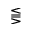
\lesseqqgtr